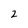
Character: 2